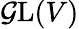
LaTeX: \operatorname{\mathcal{G}L}(V)